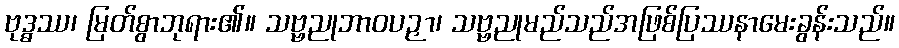
ဗုဒ္ဓဿ၊ မြတ်စွာဘုရား၏။ သဗ္ဗညုဘာဝပဉှာ၊ သဗ္ဗညုမည်သည်အဖြစ်ပြဿနာမေးခွန်းသည်။